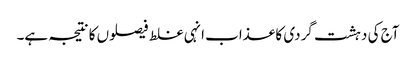
آج کی دہشت گردی کا عذاب انہی غلط فیصلوں کا نتیجہ ہے۔